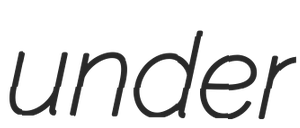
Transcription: under